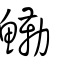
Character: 鰳